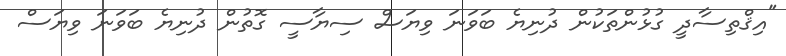
"އިޤްތިސާދީ ގުޅުންތަކުން ދުނިޔެ ބަވަނަ ވިޔަސް ސިޔާސީ ގޮތުން ދުނިޔެ ބަވަނަ ވިޔަސް